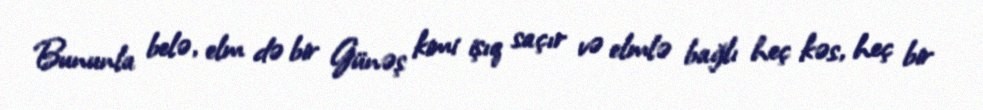
Bununla belə, elm də bir Günəş kimi işıq saçır və elmlə bağlı heç kəs, heç bir